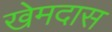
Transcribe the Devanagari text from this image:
खेमदास